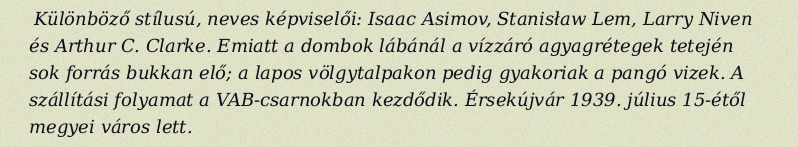
Különböző stílusú, neves képviselői: Isaac Asimov, Stanisław Lem, Larry Niven és Arthur C. Clarke. Emiatt a dombok lábánál a vízzáró agyagrétegek tetején sok forrás bukkan elő; a lapos völgytalpakon pedig gyakoriak a pangó vizek. A szállítási folyamat a VAB-csarnokban kezdődik. Érsekújvár 1939. július 15-étől megyei város lett.